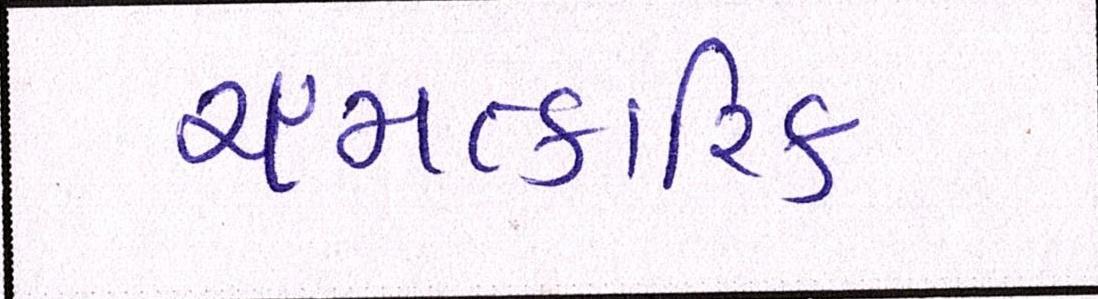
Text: ચમત્કારિક